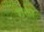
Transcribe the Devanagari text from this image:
शक्ता